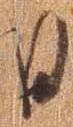
日